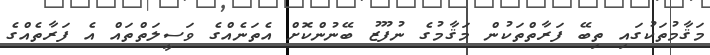
މަޤާމުތަކުގައި ތިބޭ ފަރާތްތަކުން މަޤާމުގެ ނުފޫޒު ބޭނުންކޮށް އެތަނެއްގެ ވަސީލަތްތައް އެ ފަރާތެއްގެ